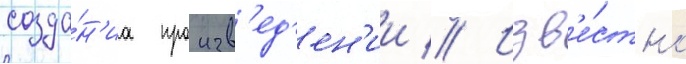
созда́н'иа произв'ед'ен'ии // Изв'е́стно